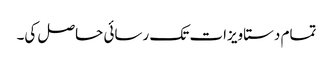
تمام دستاویزات تک رسائی حاصل کی۔